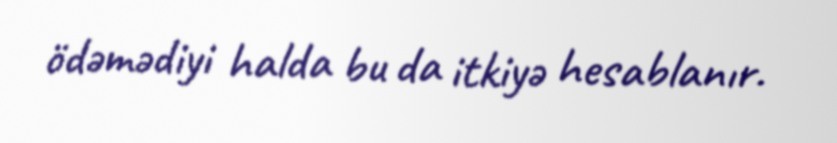
ödəmədiyi halda bu da itkiyə hesablanır.